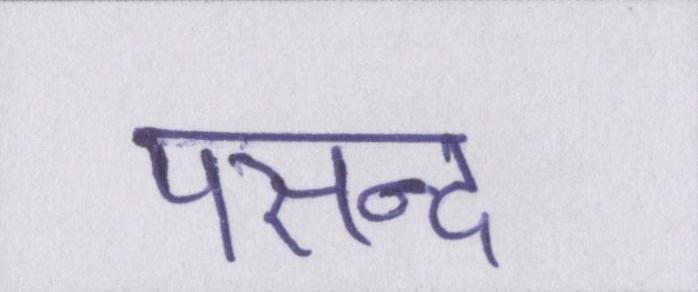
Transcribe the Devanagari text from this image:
पसन्द